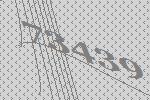
73439